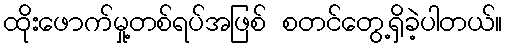
ထိုးဖောက်မှု့တစ်ရပ်အဖြစ် စတင်တွေ့ရှိခဲ့ပါတယ်။